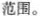
范围。